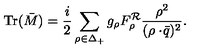
\mathrm { T r } ( \bar { M } ) = { \frac { i } { 2 } } \sum _ { \rho \in \Delta _ { + } } g _ { \rho } F _ { \rho } ^ { \cal R } { \frac { \rho ^ { 2 } } { ( \rho \cdot \! \bar { q } ) ^ { 2 } } } .